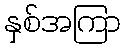
နှစ်အကြာ